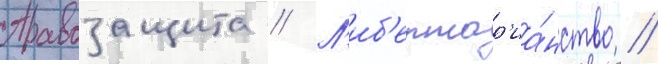
Правозащита // Л'иб'ертар'иа́нство //